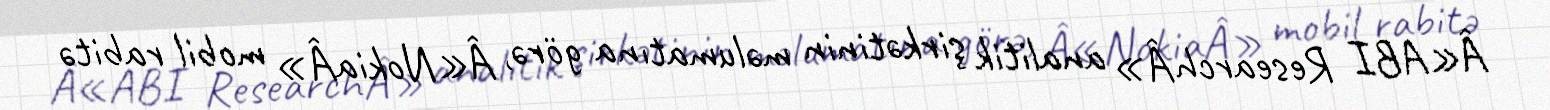
Â«ABI ResearchÂ» analitik şirkətinin məlumatına görə, Â«NokiaÂ» mobil rabitə